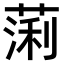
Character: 𫉃